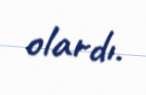
olardı.